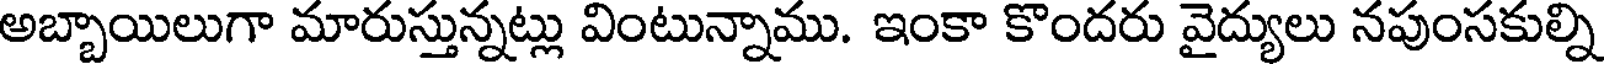
అబ్బాయిలుగా మారుస్తున్నట్లు వింటున్నాము. ఇంకా కొందరు వైద్యులు నపుంసకుల్ని